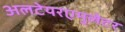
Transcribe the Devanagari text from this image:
अलटेयरएमुलेटर